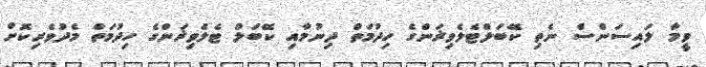
ވީމާ ލައިސަންސް ނެތި ކޭބަލްޓެލެވިޜަންގެ ހިދުމަތް ދިނުމާއި ކޭބަލް ޓެލެވިޜަންގެ ހިދުމަތް މެދުވެރިކޮށް